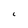
Character: 6